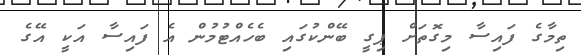
ތިމާގެ ފައިސާ މިގޮތަށް ޕިގީ ބޭންކުގައި ބެހެއްޓުމުން އެ ފައިސާ އަކީ އޭގެ